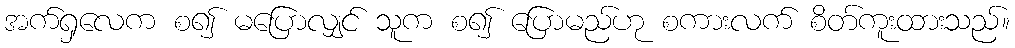
အက်ရှလေက စ၍ မပြောလျှင် သူက စ၍ ပြောမည်ဟု စကားလက် စိတ်ကူးထားသည်။